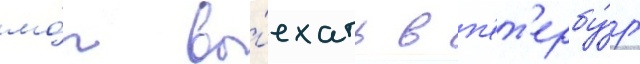
мо́г вы́ехать в п'ет'ербу́рг